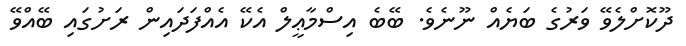
ދޫކޮށްލެވޭ ވަރުގެ ބަޔެއް ނޫނެވެ. ބޭބެ އިސްމާޢީލް އެކޭ އެއްފަދައިން ރަށުގައި ބޭއްވޭ